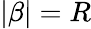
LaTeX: |\beta|=R